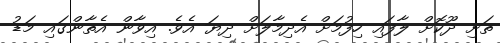
ތަށި ދޫކޮށް ލާފައި ހިފުމަށް އެދިމާލަށް ދިޔަ އެވެ. އިވާން އެތާންގައި މަޑު